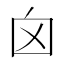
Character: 囟